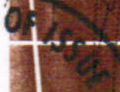
OF ISSUE